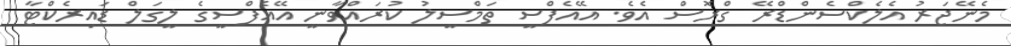
މެނޭޖަރު އެލެކްސެންޑްރޭ ގްރޮސް އެވެ. އޭއެފްސީ ތަމްސީލު ކުރައްވާނީ އޭއެފްސީގެ ލީގަލް ޑައިރެކްޓާ